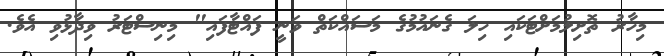
މިހާރު ތޮށިލުމަށްޓަކައި ހިލަ ގެނައުމުގެ މަސައްކަތް ވަނީ ފައްޓާފައި" މިނިސްޓަރު ވިދާޅުވި އެވެ.